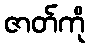
ဇာတ်ကို